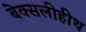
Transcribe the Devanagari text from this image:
बेक्सलीहीथ